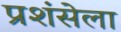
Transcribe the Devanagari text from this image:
प्रशंसेला